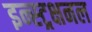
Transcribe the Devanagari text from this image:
इन्स्ट्रक्षनल